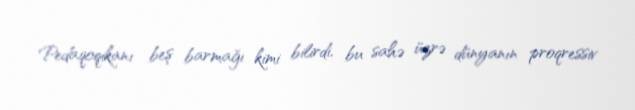
Pedaqoqikanı beş barmağı kimi bilirdi, bu sahə üzrə dünyanın proqressiv